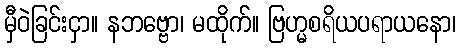
မှီဝဲခြင်းငှာ။ နဘဗ္ဗော၊ မထိုက်။ ဗြဟ္မစရိယပရာယနော၊